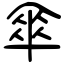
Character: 傘